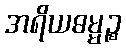
အရိယဓမ္မဉ္စ